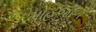
મોહજાળ